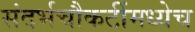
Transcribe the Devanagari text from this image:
संदर्भचौकटींमध्येच